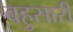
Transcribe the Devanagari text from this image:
बहुसारी